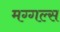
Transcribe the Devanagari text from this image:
मग्गल्स